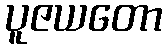
ပူဇယတော